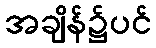
အချိန်၌ပင်